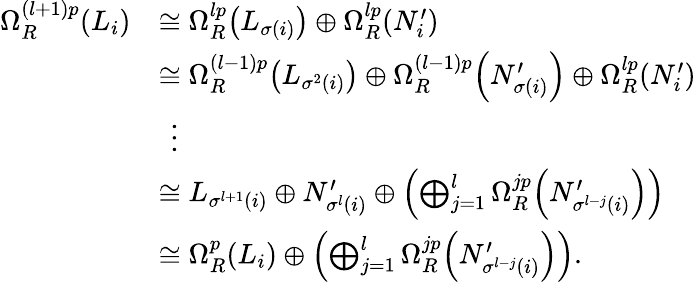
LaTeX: \begin{array}{rl}{\Omega_{R}^{(l+1)p}(L_{i})}&{\cong\Omega_{R}^{lp}\! \left(L_{\sigma(i)}\right)\oplus\Omega_{R}^{lp}\! \left(N_{i}^{\prime}\right)}\\ &{\cong\Omega_{R}^{(l-1)p}\! \left(L_{\sigma^{2}(i)}\right)\oplus\Omega_{R}^{(l-1)p}\! \left(N_{\sigma(i)}^{\prime}\right)\oplus\Omega_{R}^{lp}\! \left(N_{i}^{\prime}\right)}\\ &{\ \, \vdots}\\ &{\cong L_{\sigma^{l+1}(i)}\oplus N_{\sigma^{l}(i)}^{\prime}\oplus\left(\bigoplus_{j=1}^{l}\Omega_{R}^{jp}\! \left(N_{\sigma^{l-j}(i)}^{\prime}\right)\right)}\\ &{\cong\Omega_{R}^{p}(L_{i})\oplus\left(\bigoplus_{j=1}^{l}\Omega_{R}^{jp}\! \left(N_{\sigma^{l-j}(i)}^{\prime}\right)\right).}\end{array}